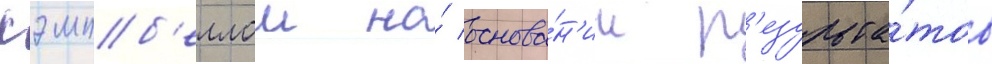
кэмпб'еллом на́ основа́н'ии р'езульта́тов